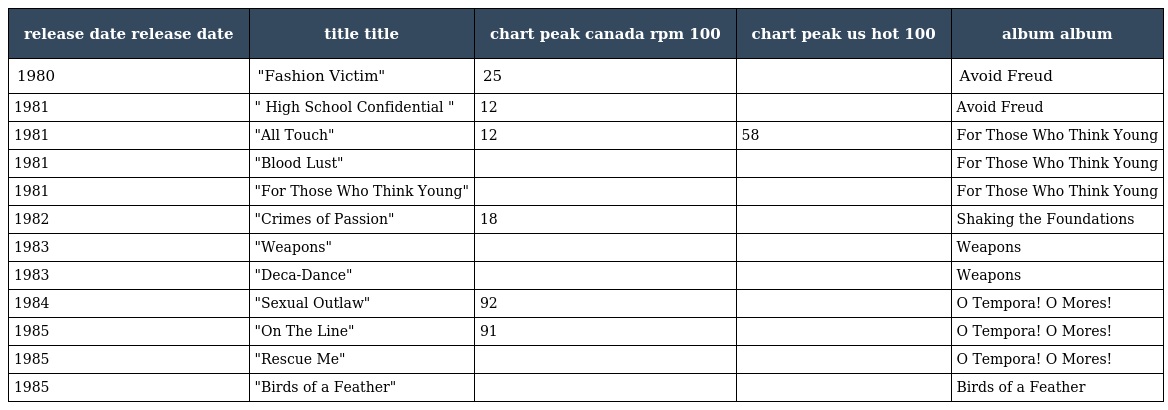
| release date release date | title title | chart peak canada rpm 100 | chart peak us hot 100 | album album |
 | --- | --- | --- | --- | --- |
 | 1980 | "Fashion Victim" | 25 |  | Avoid Freud |
 | 1981 | " High School Confidential " | 12 |  | Avoid Freud |
 | 1981 | "All Touch" | 12 | 58 | For Those Who Think Young |
 | 1981 | "Blood Lust" |  |  | For Those Who Think Young |
 | 1981 | "For Those Who Think Young" |  |  | For Those Who Think Young |
 | 1982 | "Crimes of Passion" | 18 |  | Shaking the Foundations |
 | 1983 | "Weapons" |  |  | Weapons |
 | 1983 | "Deca-Dance" |  |  | Weapons |
 | 1984 | "Sexual Outlaw" | 92 |  | O Tempora! O Mores! |
 | 1985 | "On The Line" | 91 |  | O Tempora! O Mores! |
 | 1985 | "Rescue Me" |  |  | O Tempora! O Mores! |
 | 1985 | "Birds of a Feather" |  |  | Birds of a Feather |